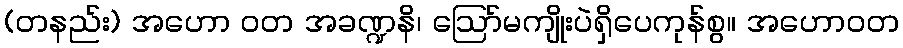
(တနည်း) အဟော ဝတ အခဏ္ဍနိ၊ ဩော်မကျိုးပဲရှိပေကုန်စွ။ အဟောဝတ